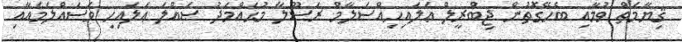
ޤިޔާމަތް ވުމާއި ބެހޭގޮތުން ޖިބްރީލް ޢަލައިހިއްސަލާމް ރަސޫލާ މުޙައްމަދު ޞައްލަ ޢަލައިހި ވަސައްލަމައާއި